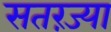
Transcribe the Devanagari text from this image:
सतरंज्या